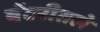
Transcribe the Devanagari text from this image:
बॅटरीतले